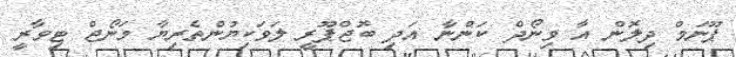
ޕޫނަމް ދިލޮން އާ ވިނޯދް ކަންނާ އަދި ބޮޖްޕޫރީ ލަވަކިޔުންތެރިޔާ މަނޯޖް ޓިވާރީ